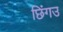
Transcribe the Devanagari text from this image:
छिंगउ